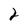
Character: 2